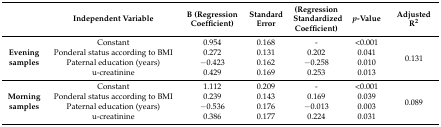
<table><thead><tr><td></td><td><b>Independent Variable</b></td><td><b>B (Regression Coefficient)</b></td><td><b>Standard Error</b></td><td><b>(Regression Standardized Coefficient)</b></td><td><b><i>p</i>-Value</b></td><td><b>Adjusted R<sup>2</sup></b></td></tr></thead><tbody><tr><td rowspan="4"><b>Evening samples</b></td><td>Constant</td><td>0.954</td><td>0.168</td><td>-</td><td>&lt;0.001</td><td rowspan="4">0.131</td></tr><tr><td>Ponderal status according to BMI</td><td>0.272</td><td>0.131</td><td>0.202</td><td>0.041</td></tr><tr><td>Paternal education (years)</td><td>−0.423</td><td>0.162</td><td>−0.258</td><td>0.010</td></tr><tr><td>u-creatinine</td><td>0.429</td><td>0.169</td><td>0.253</td><td>0.013</td></tr><tr><td rowspan="4"><b>Morning samples</b></td><td>Constant</td><td>1.112</td><td>0.209</td><td>-</td><td>&lt;0.001</td><td rowspan="4">0.089</td></tr><tr><td>Ponderal status according to BMI</td><td>0.239</td><td>0.143</td><td>0.169</td><td>0.039</td></tr><tr><td>Paternal education (years)</td><td>−0.536</td><td>0.176</td><td>−0.013</td><td>0.003</td></tr><tr><td>u-creatinine</td><td>0.386</td><td>0.177</td><td>0.224</td><td>0.031</td></tr></tbody></table>